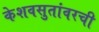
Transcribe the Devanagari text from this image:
केशवसुतांवरची